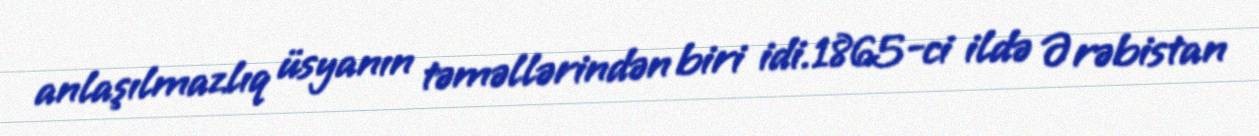
anlaşılmazlıq üsyanın təməllərindən biri idi.1865-ci ildə Ərəbistan